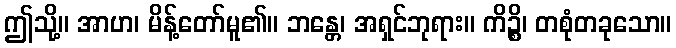
ဤသို့။ အာဟ၊ မိန့်တော်မူ၏။ ဘန္တေ၊ အရှင်ဘုရား။ ကိဉ္စိ၊ တစုံတခုသော။